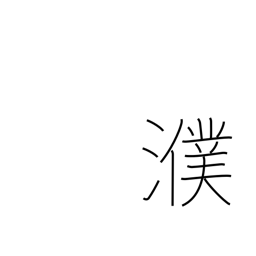
Meaning: name of Chinese river